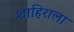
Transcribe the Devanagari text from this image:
शाहिराला